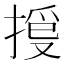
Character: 𢯳